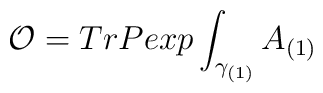
{\cal O}= Tr Pexp \int_{\gamma_{(1)}} A_{(1)}